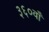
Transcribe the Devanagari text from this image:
३६०वाँ